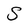
Character: S